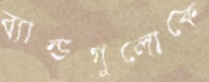
ব্যান্ডগুলোকে